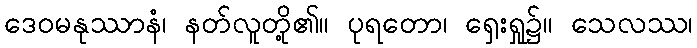
ဒေဝမနုဿာနံ၊ နတ်လူတို့၏။ ပုရတော၊ ရှေးရှု၌။ သေလဿ၊